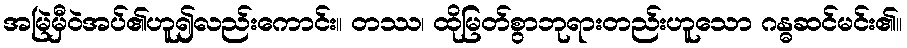
အမြဲမှီဝဲအပ်၏ဟူ၍လည်းကောင်း။ တဿ၊ ထိုမြတ်စွာဘုရားတည်းဟူသော ဂန္ဓဆင်မင်း၏။